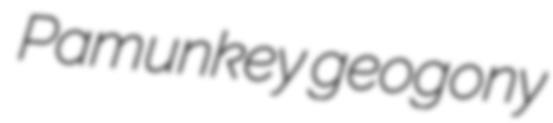
Pamunkey geogony